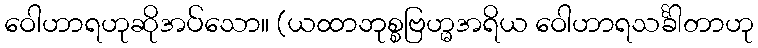
ဝေါဟာရဟုဆိုအပ်သော။ (ယထာဘုစ္စဗြဟ္မအရိယ ဝေါဟာရသင်္ခါတာဟု